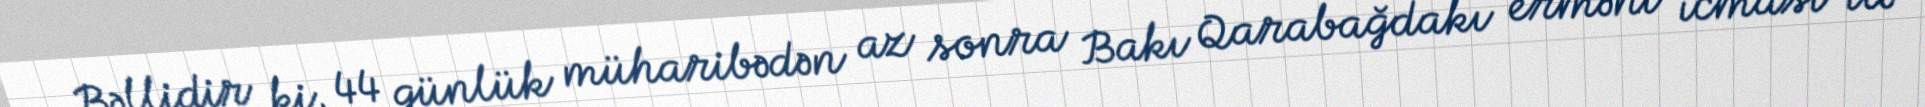
Bəllidir ki, 44 günlük müharibədən az sonra Bakı Qarabağdakı erməni icması ilə